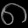
Digit: ၈